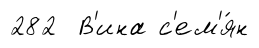
282 В'ина с'ем'я́н